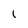
Character: 1